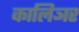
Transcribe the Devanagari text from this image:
कालिञर